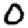
Digit: 0